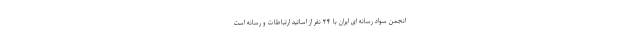
انجمن سواد رسانه ای ایران با ۲۴ نفر از اساتید ارتباطات و رسانه است